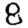
Digit: 8